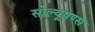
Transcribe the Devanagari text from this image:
सोल्यूषण्स